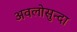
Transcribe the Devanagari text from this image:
अवलोसुन्दा